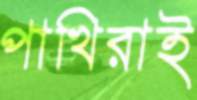
পাখিরাই